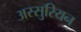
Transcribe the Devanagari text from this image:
अस्सुरियन